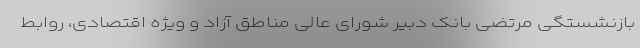
بازنشستگی مرتضی بانک دبیر شورای عالی مناطق آزاد و ویژه اقتصادی، روابط